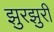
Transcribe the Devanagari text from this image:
झुरझुरी